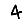
Digit: 4